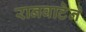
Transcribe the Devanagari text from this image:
रानवाटेने